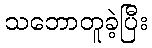
သဘောတူခဲ့ပြီး